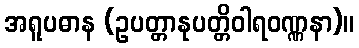
အရူပဓာန (ဥပတ္တာနုပတ္တိဝါရဝဏ္ဏနာ)။